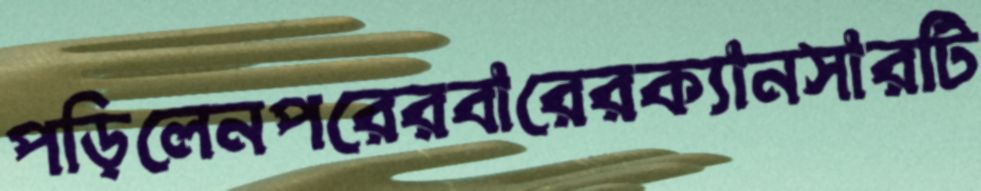
পড়িলেনপরেরবারেরক্যানসারটি